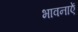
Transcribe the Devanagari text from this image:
भावनाऐं